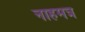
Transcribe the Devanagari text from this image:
नाहमत्र